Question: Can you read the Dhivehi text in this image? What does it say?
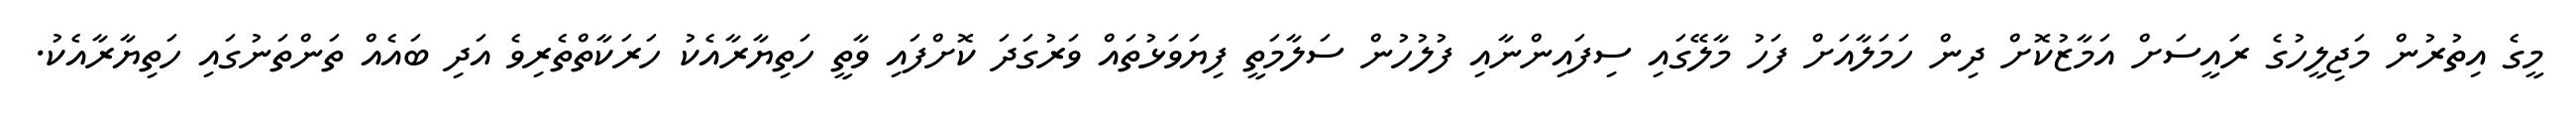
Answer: މީގެ އިތުރުން މަޖިލީހުގެ ރައީސަށް އަމާޒުކޮށް ދިން ހަމަލާއަށް ފަހު މާލޭގައި ސިފައިންނާއި ފުލުހުން ސަލާމަތީ ފިޔަވަޅުތައް ވަރުގަދަ ކޮށްފައި ވާތީ ހަތިޔާރާއެކު ހަރަކާތްތެރިވެ އަދި ބައެއް ތަންތަނުގައި ހަތިޔާރާއެކު.